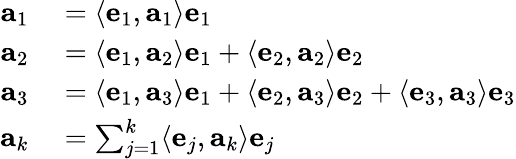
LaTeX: \begin{array}{rl}{\mathbf{a}_{1}}&{{}=\langle\mathbf{e}_{1},\mathbf{a}_{1}\rangle\mathbf{e}_{1}}\\ {\mathbf{a}_{2}}&{{}=\langle\mathbf{e}_{1},\mathbf{a}_{2}\rangle\mathbf{e}_{1}+\langle\mathbf{e}_{2},\mathbf{a}_{2}\rangle\mathbf{e}_{2}}\\ {\mathbf{a}_{3}}&{{}=\langle\mathbf{e}_{1},\mathbf{a}_{3}\rangle\mathbf{e}_{1}+\langle\mathbf{e}_{2},\mathbf{a}_{3}\rangle\mathbf{e}_{2}+\langle\mathbf{e}_{3},\mathbf{a}_{3}\rangle\mathbf{e}_{3}}\\ {\mathbf{a}_{k}}&{{}=\sum_{j=1}^{k}\langle\mathbf{e}_{j},\mathbf{a}_{k}\rangle\mathbf{e}_{j}}\end{array}